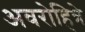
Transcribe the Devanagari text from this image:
अवरोहित्रे